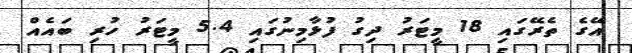
އޭގެ ތެރޭގައި 18 މީޓަރު ދިގު ފުޅާމިނުގައި 5.4 މީޓަރު ހުރި ބައެއް